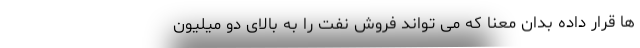
ها قرار داده بدان معنا که می تواند فروش نفت را به بالای دو میلیون